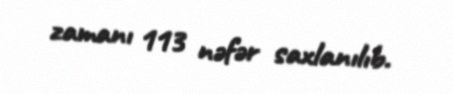
zamanı 113 nəfər saxlanılıb.